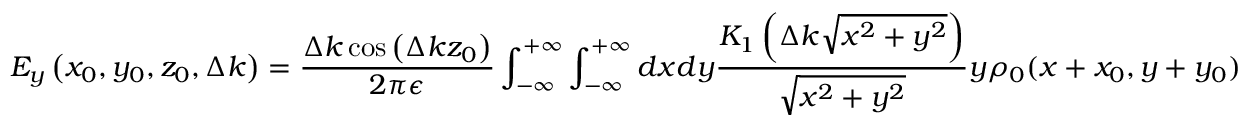
E _ { y } \left( x _ { 0 } , y _ { 0 } , z _ { 0 } , \Delta k \right) = \frac { \Delta k \cos \left( \Delta k z _ { 0 } \right) } { 2 \pi \epsilon } \int _ { - \infty } ^ { + \infty } \int _ { - \infty } ^ { + \infty } d x d y \frac { K _ { 1 } \left( \Delta k \sqrt { x ^ { 2 } + y ^ { 2 } } \right) } { \sqrt { x ^ { 2 } + y ^ { 2 } } } y \rho _ { 0 } ( x + x _ { 0 } , y + y _ { 0 } )